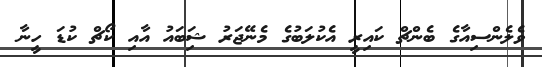
ވެލެންސިއާގެ ބެންޗް ކައިރީ އެކުލަބުގެ މެނޭޖަރު ޝަިބައު އާއި ކޯޗް ކުޑަ ހީނާ